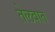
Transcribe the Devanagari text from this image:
तेलवात